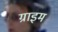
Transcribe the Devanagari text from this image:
ग्राइम